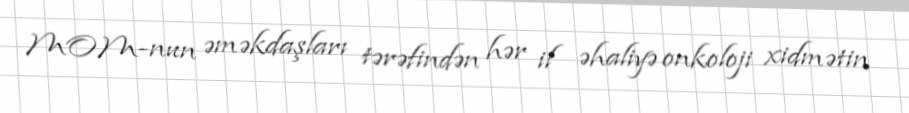
MOM-nun əməkdaşları tərəfindən hər il əhaliyə onkoloji xidmətin